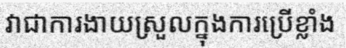
វាជាការងាយស្រួលក្នុងការប្រើខ្លាំង